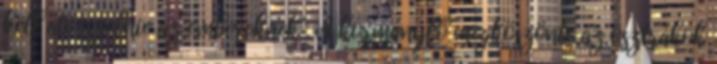
kell átvészelnie az embereknek". A kormányfő megköszönte az osztrákok